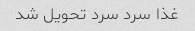
غذا سرد سرد تحویل شد